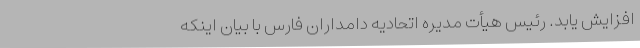
افزایش یابد. رئیس هیأت مدیره اتحادیه دامداران فارس با بیان اینکه